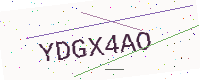
Text: YDGX4AO